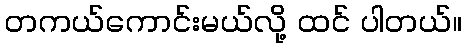
တကယ်ကောင်းမယ်လို့ ထင် ပါတယ်။